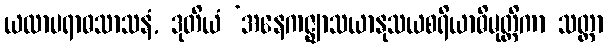
ယထာပရာဓသာသနံ, ဒုတိယံ ‘အနေကဇ္ဈာသယာနုသယစရိယာဓိမုတ္တိကာ သတ္တာ